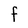
Character: F